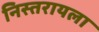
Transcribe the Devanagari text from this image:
निस्तरायला